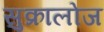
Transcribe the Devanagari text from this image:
सुक्रालोज